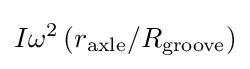
I\omega ^{2}\left(r_{\mathrm {axle} }/R_{\mathrm {groove} }\right)